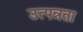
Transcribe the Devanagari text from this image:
उत्पन्नता